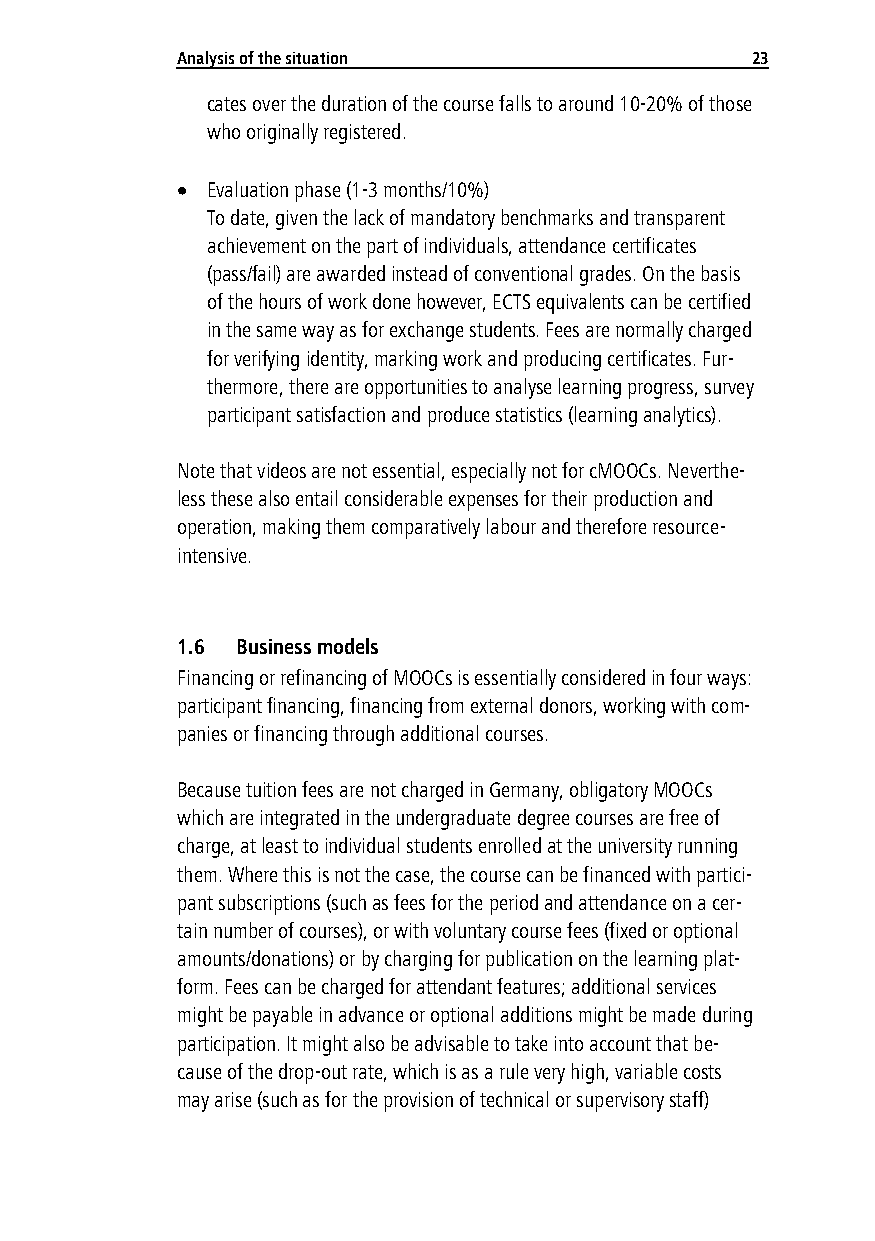
Analy sis of the situation            23
 cates over the duration of the course falls to around 10-20% of those
 who originally registered.
  Evaluation phase (1-3 months/10%)
 To date, given the lack of mandatory benchmarks and transparent
 achievement on the part of individuals, attendance certificates
 (pass/fail) are awarded instead of conventional grades. On the basis
 of the hours of work done however, ECTS equivalents can be certified
 in the same way as for exchange students. Fees are normally charged
 for verifying identity, marking work and producing certificates. Fur-
 thermore, there are opportunities to analyse learning progress, survey
 participant satisfaction and produce statistics (learning analytics).
 Note that videos are not essential, especially not for cMOOCs. Neverthe-
 less these also entail considerable expenses for their production and
 operation, making them comparatively labour and therefore resource-
 intensive.
 1.6 Business models
 Financing or refinancing of MOOCs is essentially considered in four ways:
 participant financing, financing from external donors, working with com-
 panies or financing through additional courses.
 Because tuition fees are not charged in Germany, obligatory MOOCs
 which are integrated in the undergraduate degree courses are free of
 charge, at least to individual students enrolled at the university running
 them. Where this is not the case, the course can be financed with partici-
 pant subscriptions (such as fees for the period and attendance on a cer-
 tain number of courses), or with voluntary course fees (fixed or optional
 amounts/donations) or by charging for publication on the learning plat-
 form. Fees can be charged for attendant features; additional services
 might be payable in advance or optional additions might be made during
 participation. It might also be advisable to take into account that be-
 cause of the drop-out rate, which is as a rule very high, variable costs
 may arise (such as for the provision of technical or supervisory staff)